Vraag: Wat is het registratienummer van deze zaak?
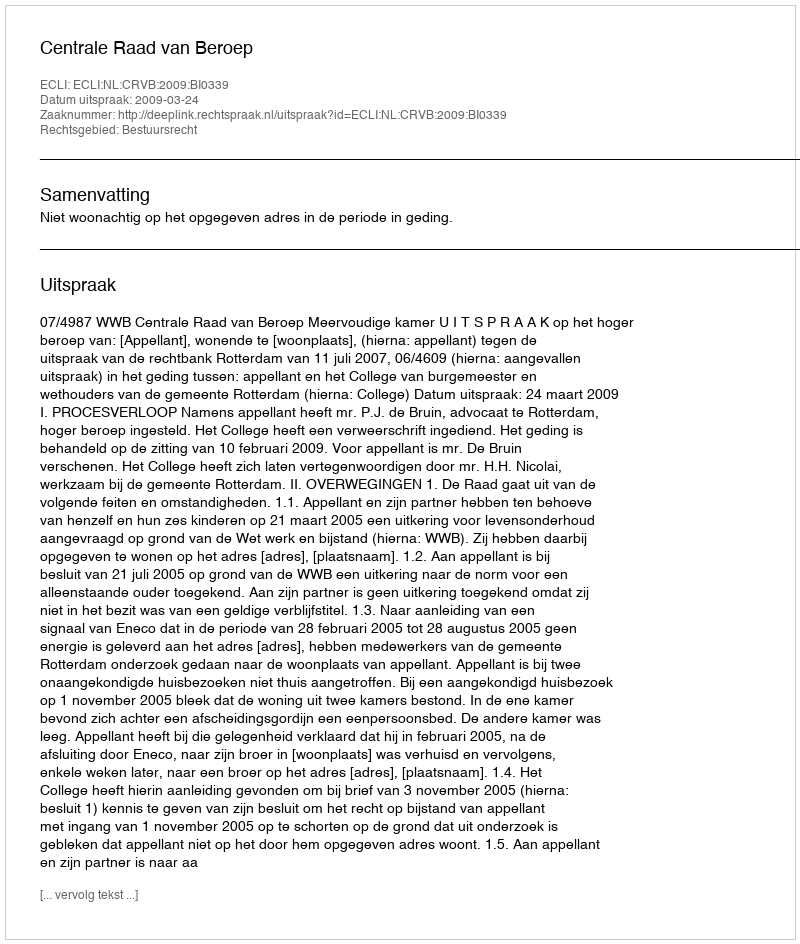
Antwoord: http://deeplink.rechtspraak.nl/uitspraak?id=ECLI:NL:CRVB:2009:BI0339